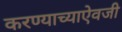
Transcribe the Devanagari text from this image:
करण्याच्याऐवजी